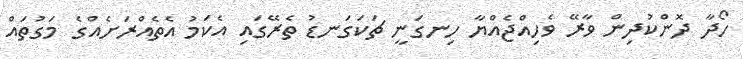
ހޯދާ ދޮންކުދިން ވާރޭ ވެހިއްޖެއްޔާ ހިނގަނީ ޗަކަގަނޑު ތެރޭގައި އެކަމު އެތެއްރަށެއްގެ މަގުތައް